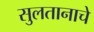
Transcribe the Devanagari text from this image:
सुलतानाचे